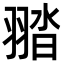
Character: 䎓